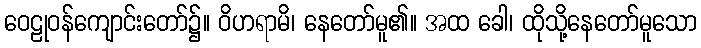
ဝေဠုဝန်ကျောင်းတော်၌။ ဝိဟရာမိ၊ နေတော်မူ၏။ အထ ခေါ၊ ထိုသို့နေတော်မူသော